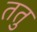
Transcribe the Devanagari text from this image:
ततु